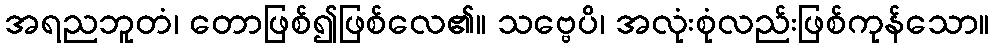
အရညဘူတံ၊ တောဖြစ်၍ဖြစ်လေ၏။ သဗ္ဗေပိ၊ အလုံးစုံလည်းဖြစ်ကုန်သော။